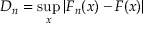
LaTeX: D _ { n } = \operatorname* { s u p } _ { x } | F _ { n } ( x ) - F ( x ) |